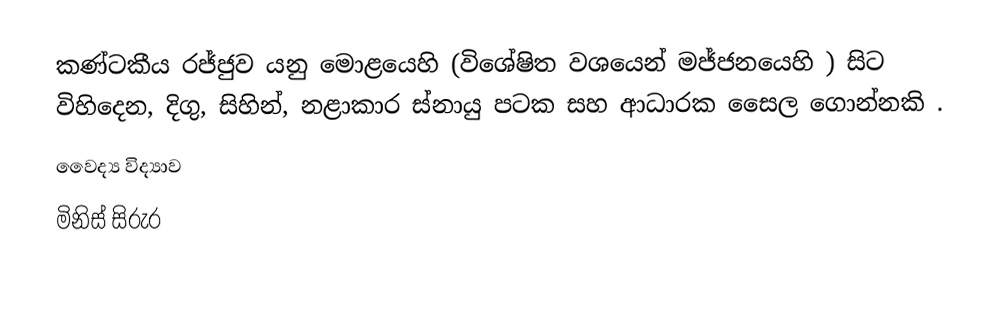
කණ්ටකීය රජ්ජුව යනු මොළයෙහි (විශේෂිත වශයෙන් මජ්ජනයෙහි ) සිට විහිදෙන,  දිගු, සිහින්, නළාකාර ස්නායු පටක සහ ආධාරක සෛල ගොන්නකි .
වෛද්‍ය විද්‍යාව
මිනිස් සිරුර